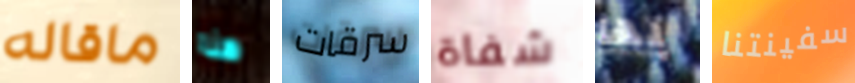
ماقاله هنا سرقات شفاة بها سفينتنا